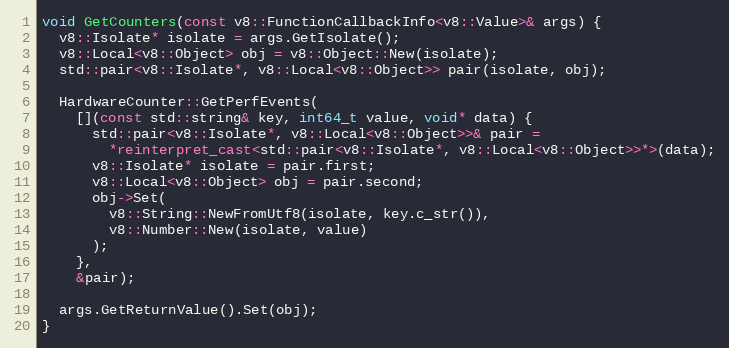
Language: C++
void GetCounters(const v8::FunctionCallbackInfo<v8::Value>& args) {
  v8::Isolate* isolate = args.GetIsolate();
  v8::Local<v8::Object> obj = v8::Object::New(isolate);
  std::pair<v8::Isolate*, v8::Local<v8::Object>> pair(isolate, obj);

  HardwareCounter::GetPerfEvents(
    [](const std::string& key, int64_t value, void* data) {
      std::pair<v8::Isolate*, v8::Local<v8::Object>>& pair =
        *reinterpret_cast<std::pair<v8::Isolate*, v8::Local<v8::Object>>*>(data);
      v8::Isolate* isolate = pair.first;
      v8::Local<v8::Object> obj = pair.second;
      obj->Set(
        v8::String::NewFromUtf8(isolate, key.c_str()),
        v8::Number::New(isolate, value)
      );
    },
    &pair);

  args.GetReturnValue().Set(obj);
}